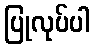
ပြုလုပ်ပါ